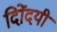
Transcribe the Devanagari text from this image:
दिोंदयी